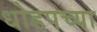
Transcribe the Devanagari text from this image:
धोडपच्या